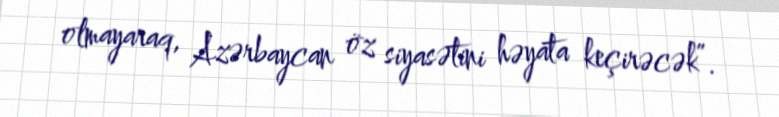
olmayaraq, Azərbaycan öz siyasətini həyata keçirəcək”.